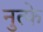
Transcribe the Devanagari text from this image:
नुत्फे